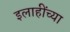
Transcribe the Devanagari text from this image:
इलाहींच्या